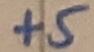
Text: +5